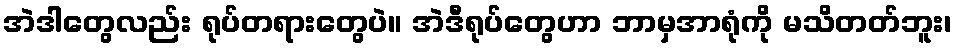
အဲဒါတွေလည်း ရုပ်တရားတွေပဲ။ အဲဒီရုပ်တွေဟာ ဘာမှအာရုံကို မသိတတ်ဘူး၊